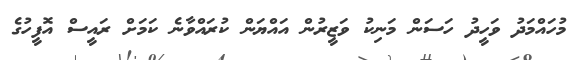
މުހައްމަދު ވަހީދު ހަސަން މަނިކު ވަޒީރުން އައްޔަން ކުރައްވާނެ ކަމަށް ރައީސް އޮފީހުގެ